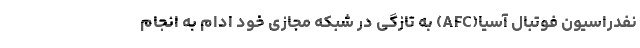
نفدراسیون فوتبال آسیا(AFC) به تازگی در شبکه مجازی خود ادام به انجام